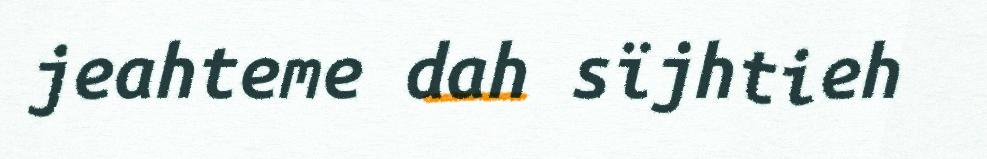
jeahteme dah sïjhtieh